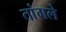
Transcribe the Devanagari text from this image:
तांगले